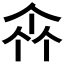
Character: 𠁭